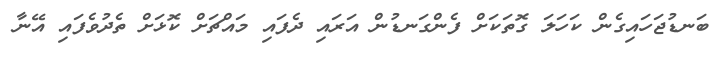
ބަނޑުޖަހައިގެން ކަހަލަ ގޮތަކަށް ފެންގަނޑުން އަރައި ދެފައި މައްޗަށް ކޮޅަށް ތެދުވެފައި އޭނާ